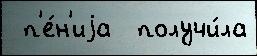
 п'е́н'иjа  получи́ла